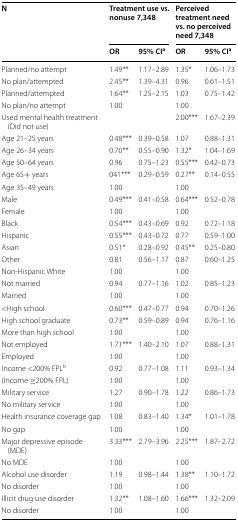
<table><thead><tr><td rowspan="2"><b>N</b></td><td colspan="2"><b>Treatment use vs. nonuse 7,348</b></td><td colspan="2"><b>Perceived treatment need vs. no perceived need 7,348</b></td></tr><tr><td><b>OR</b></td><td><b>95% CI<sup>a</sup></b></td><td><b>OR</b></td><td><b>95% CI<sup>a</sup></b></td></tr></thead><tbody><tr><td>Planned/no attempt</td><td>1.49**</td><td>1.17–2.89</td><td>1.35*</td><td>1.06–1.73</td></tr><tr><td>No plan/attempted</td><td>2.45**</td><td>1.39–4.31</td><td>0.96</td><td>0.61–1.51</td></tr><tr><td>Planned/attempted</td><td>1.64**</td><td>1.25–2.15</td><td>1.03</td><td>0.75–1.42</td></tr><tr><td>No plan/no attempt</td><td>1.00</td><td></td><td>1.00</td><td></td></tr><tr><td>Used mental health treatment (Did not use)</td><td></td><td></td><td>2.00***</td><td>1.67–2.39</td></tr><tr><td>Age 21–25 years</td><td>0.48***</td><td>0.39–0.58</td><td>1.07</td><td>0.88–1.31</td></tr><tr><td>Age 26–34 years</td><td>0.70**</td><td>0.55–0.90</td><td>1.32*</td><td>1.04–1.69</td></tr><tr><td>Age 50–64 years</td><td>0.96</td><td>0.75–1.23</td><td>0.55***</td><td>0.42–0.73</td></tr><tr><td>Age 65+ years</td><td>041***</td><td>0.29–0.59</td><td>0.27**</td><td>0.14–0.55</td></tr><tr><td>Age 35–49 years</td><td>1.00</td><td></td><td>1.00</td><td></td></tr><tr><td>Male</td><td>0.49***</td><td>0.41–0.58</td><td>0.64***</td><td>0.52–0.78</td></tr><tr><td>Female</td><td>1.00</td><td></td><td>1.00</td><td></td></tr><tr><td>Black</td><td>0.54***</td><td>0.43–0.69</td><td>0.92</td><td>0.72–1.18</td></tr><tr><td>Hispanic</td><td>0.55***</td><td>0.43–0.72</td><td>0.77</td><td>0.59–1.00</td></tr><tr><td>Asian</td><td>0.51*</td><td>0.28–0.92</td><td>0.45**</td><td>0.25–0.80</td></tr><tr><td>Other</td><td>0.81</td><td>0.56–1.17</td><td>0.87</td><td>0.60–1.25</td></tr><tr><td>Non-Hispanic White</td><td>1.00</td><td></td><td>1.00</td><td></td></tr><tr><td>Not married</td><td>0.94</td><td>0.77–1.16</td><td>1.02</td><td>0.85–1.23</td></tr><tr><td>Married</td><td>1.00</td><td></td><td>1.00</td><td></td></tr><tr><td>&lt;High school</td><td>0.60***</td><td>0.47–0.77</td><td>0.94</td><td>0.70–1.26</td></tr><tr><td>High school graduate</td><td>0.73**</td><td>0.59–0.89</td><td>0.94</td><td>0.76–1.16</td></tr><tr><td>More than high school</td><td>1.00</td><td></td><td>1.00</td><td></td></tr><tr><td>Not employed</td><td>1.71***</td><td>1.40–2.10</td><td>1.07</td><td>0.88–1.31</td></tr><tr><td>Employed</td><td>1.00</td><td></td><td>1.00</td><td></td></tr><tr><td>Income &lt;200% FPL<sup>b</sup></td><td>0.92</td><td>0.77–1.08</td><td>1.11</td><td>0.93–1.34</td></tr><tr><td>(Income ≥200% FPL)</td><td>1.00</td><td></td><td>1.00</td><td></td></tr><tr><td>Military service</td><td>1.27</td><td>0.90–1.78</td><td>1.22</td><td>0.86–1.73</td></tr><tr><td>No military service</td><td>1.00</td><td></td><td>1.00</td><td></td></tr><tr><td>Health insurance coverage gap</td><td>1.08</td><td>0.83–1.40</td><td>1.34*</td><td>1.01–1.78</td></tr><tr><td>No gap</td><td>1.00</td><td></td><td>1.00</td><td></td></tr><tr><td>Major depressive episode (MDE)</td><td>3.33***</td><td>2.79–3.96</td><td>2.25***</td><td>1.87–2.72</td></tr><tr><td>No MDE</td><td>1.00</td><td></td><td>1.00</td><td></td></tr><tr><td>Alcohol use disorder</td><td>1.19</td><td>0.98–1.44</td><td>1.38**</td><td>1.10–1.72</td></tr><tr><td>No disorder</td><td>1.00</td><td></td><td>1.00</td><td></td></tr><tr><td>Illicit drug use disorder</td><td>1.32**</td><td>1.08–1.60</td><td>1.66***</td><td>1.32–2.09</td></tr><tr><td>No disorder</td><td>1.00</td><td></td><td>1.00</td><td></td></tr></tbody></table>